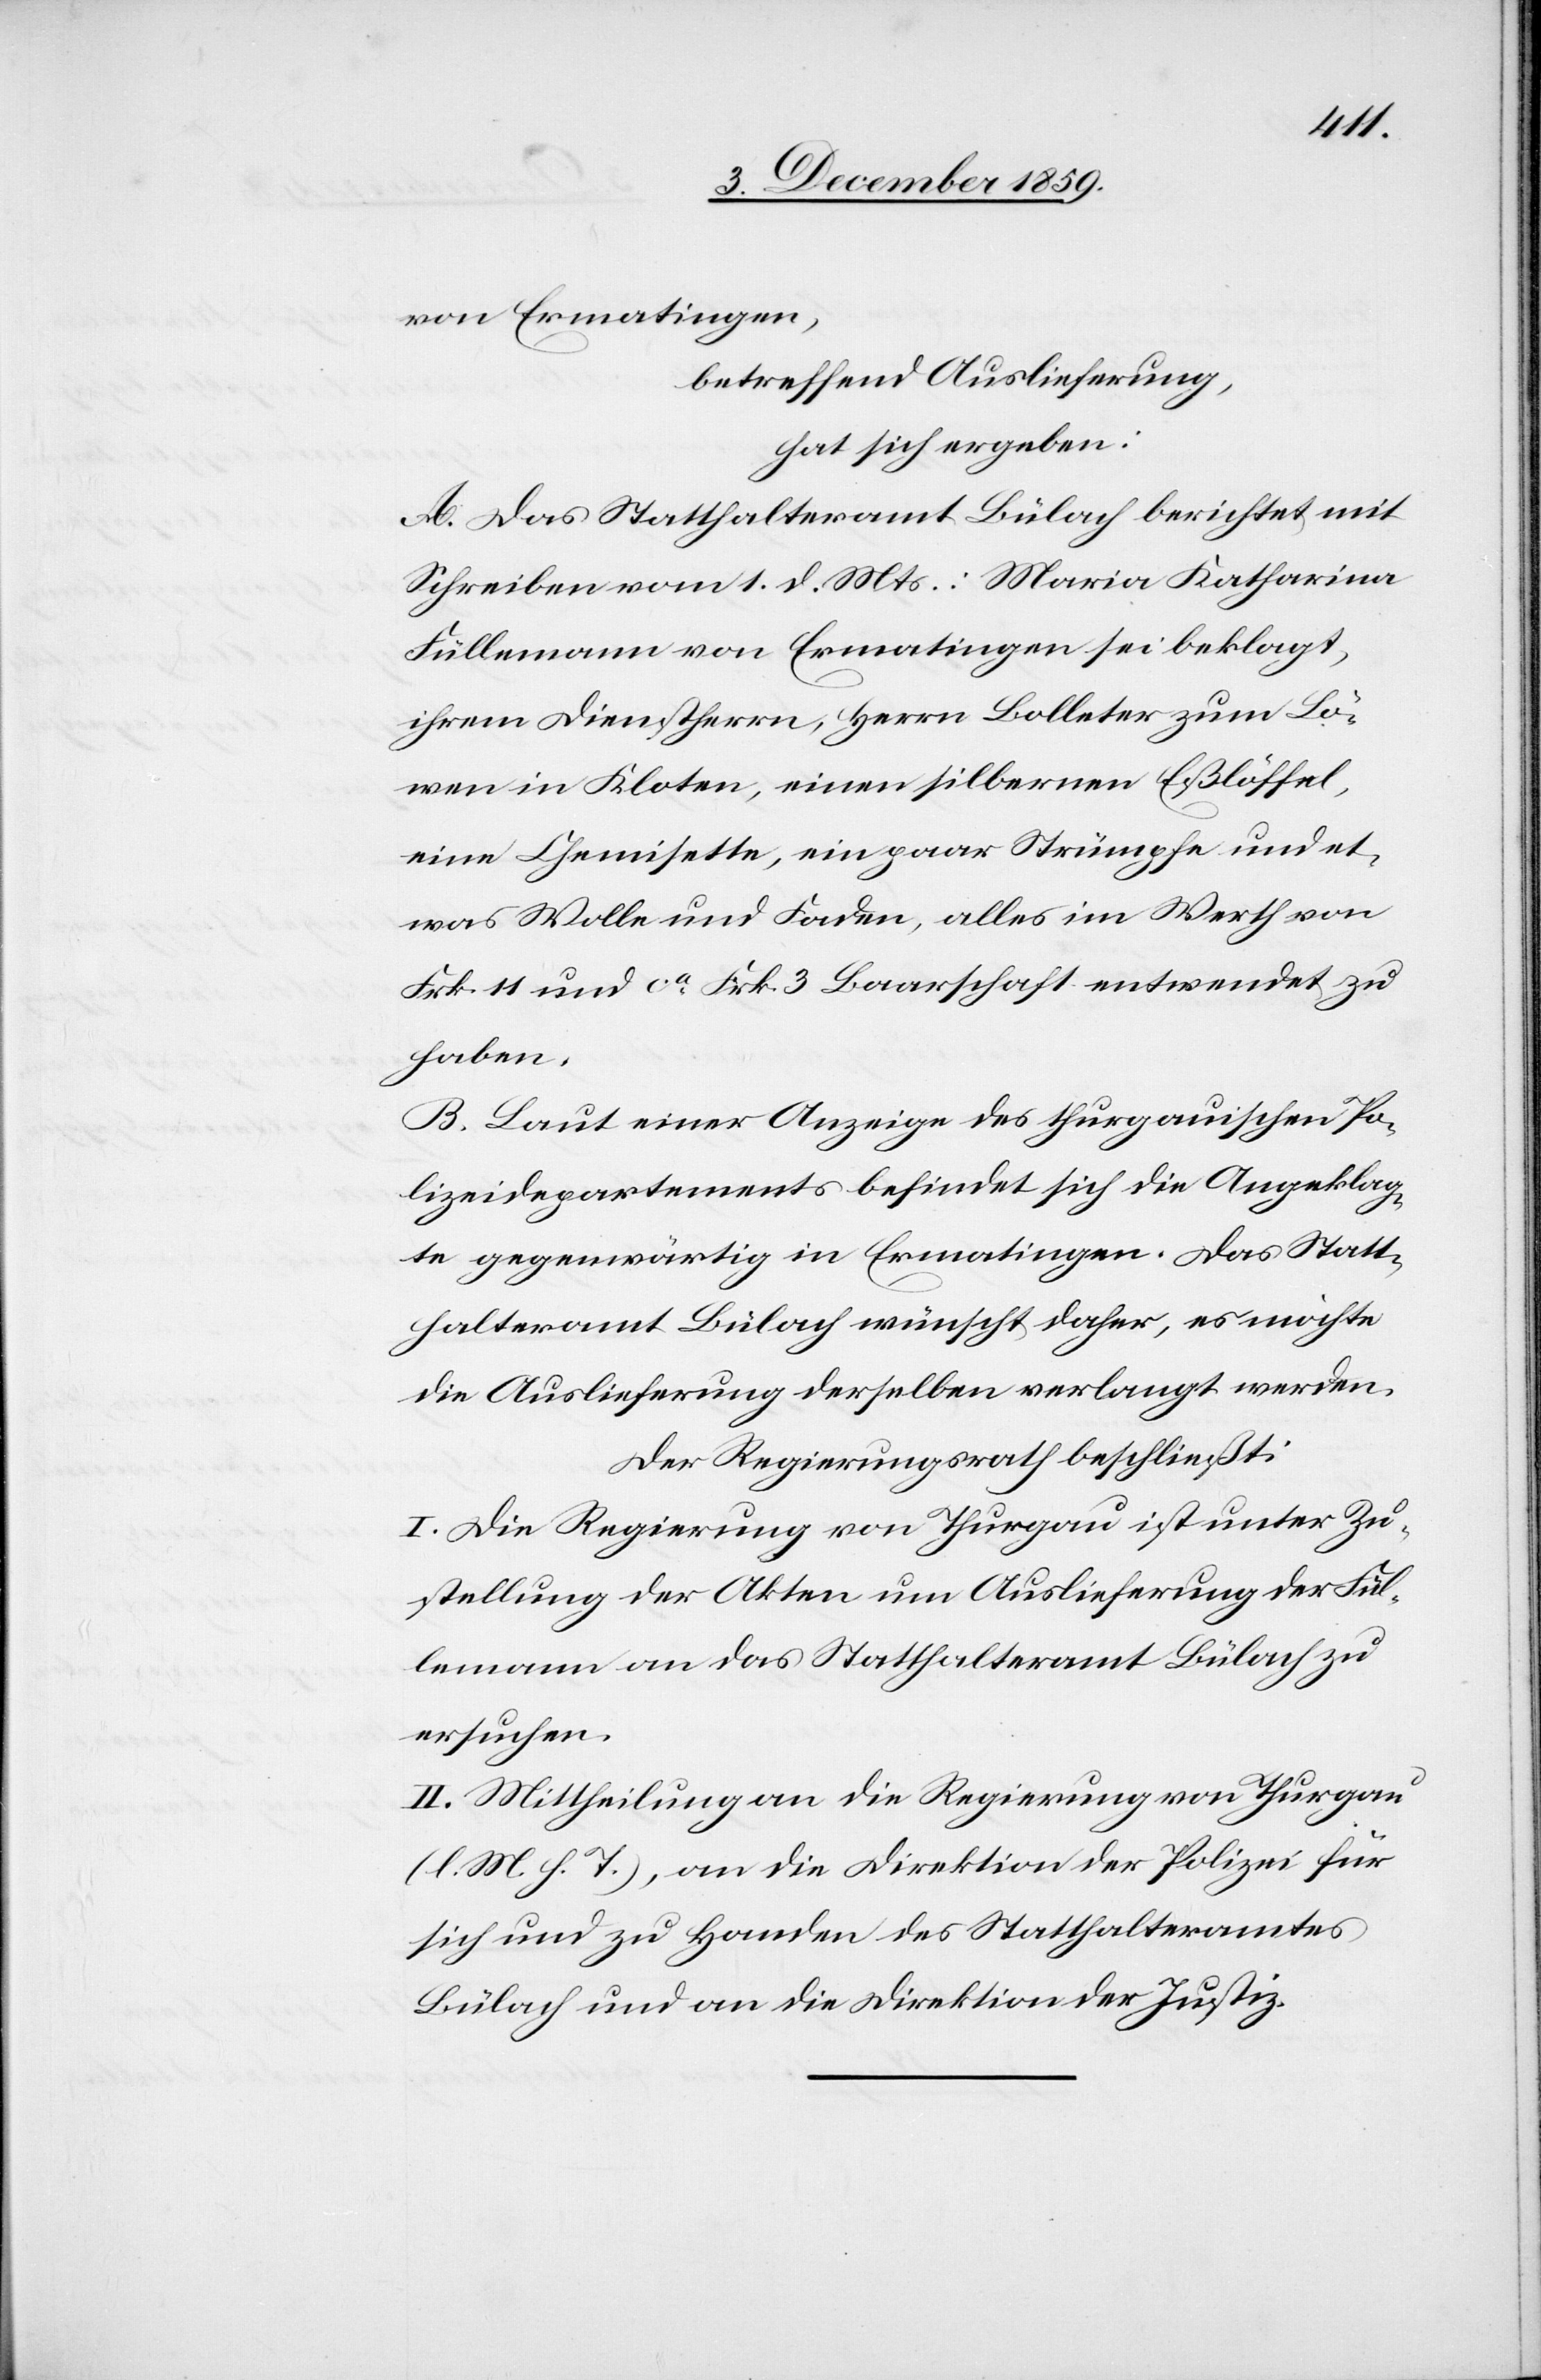
von Ermatingen,
betreffend Auslieferung,
hat sich ergeben:
A. Das Statthalteramt Bülach berichtet mit
Schreiben vom 1. d. Mts.: Maria Katharina
Füllemann von Ermatingen sei beklagt,
ihrem Dienstherrn, Herrn Bolleter zum Lö¬
wen in Kloten, einen silbernen Eßlöffel,
eine Chemisette, ein paar Strümpfe und et¬
was Wolle und Faden, alles im Werth von
Frk. 11 und ca Frk. 3 Baarschaft entwendet zu
haben.
B. Laut einer Anzeige des thurgauischen Po¬
lizeidepartements befindet sich die Angeklag¬
te gegenwärtig in Ermatingen. Das Statt¬
halteramt Bülach wünscht daher, es möchte
die Auslieferung derselben verlangt werden.
Der Regierungsrath beschließt:
I. Die Regierung von Thurgau ist unter Zu¬
stellung der Akten um Auslieferung der Fül¬
lemann an das Statthalteramt Bülach zu
ersuchen.
II. Mittheilung an die Regierung von Thurgau
(l. M. h. T.), an die Direktion der Polizei für
sich und zu Handen des Statthalteramtes
Bülach und an die Direktion der Justiz.